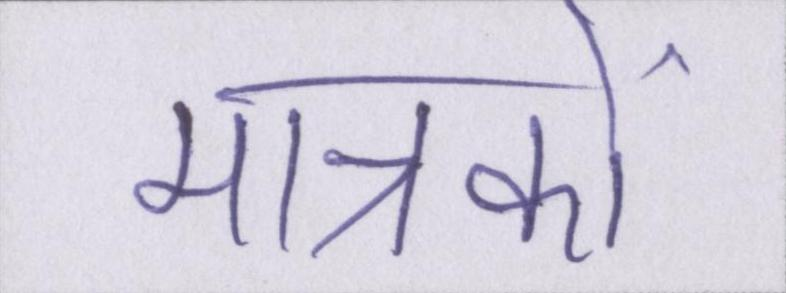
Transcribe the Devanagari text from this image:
मात्रकों